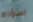
سؤالا